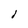
Character: I